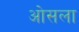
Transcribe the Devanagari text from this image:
ओसला